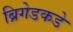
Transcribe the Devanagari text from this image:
ब्रिगेडकडे